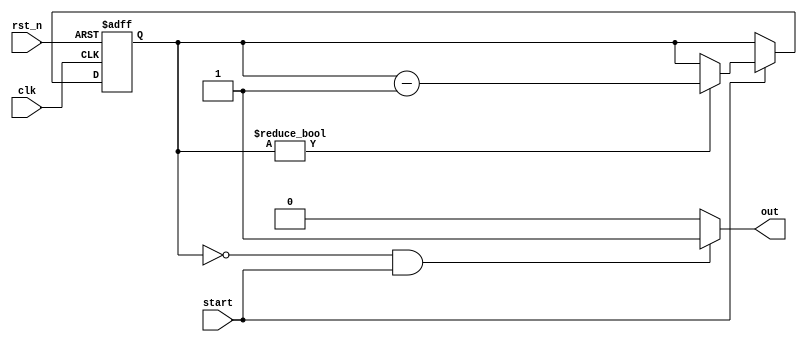
`timescale 1ns / 1ps
//////////////////////////////////////////////////////////////////////////////////
// Company: 
// Engineer: 
// 
// Design Name: 
// Module Name:    SLB_counter1 
// Project Name: 
// Target Devices: 
// Tool versions: 
// Description: 
//
// Dependencies: 
//
// Revision: 
// Revision 0.01 - File Created
// Additional Comments: 
//
//////////////////////////////////////////////////////////////////////////////////
module SLB_counter1#(
	parameter WIDTH_IMG = 26
)(
    output out,
    input clk,
    input rst_n,
    input start
    );

reg[4:0] count_reg;

always@(posedge clk or negedge rst_n) begin
if(!rst_n) count_reg <= WIDTH_IMG;
else if(start) if(count_reg != 0) count_reg <= count_reg-1'b1;
               else count_reg <= count_reg;
     else count_reg <= count_reg;
end

assign out = (count_reg==5'b0 && start==1'b1)?1'b1:1'b0;

endmodule